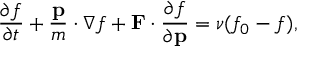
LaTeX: { \frac { \partial f } { \partial t } } + { \frac { \mathbf { p } } { m } } \cdot \nabla f + \mathbf { F } \cdot { \frac { \partial f } { \partial \mathbf { p } } } = \nu ( f _ { 0 } - f ) ,